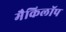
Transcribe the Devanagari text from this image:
मैकिलॉप